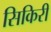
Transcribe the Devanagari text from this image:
सिकिरी